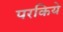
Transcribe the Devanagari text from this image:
परकिये